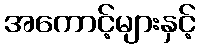
အကောင့်များနှင့်